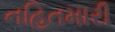
નહિતમારી